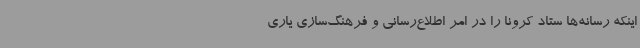
اینکه رسانه‌ها ستاد کرونا را در امر اطلاع‌رسانی و فرهنگ‌سازی یاری